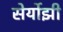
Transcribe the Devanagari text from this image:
सेर्योझी